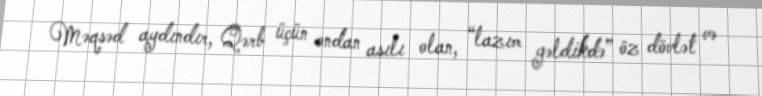
Məqsəd aydındır, Qərb üçün ondan asılı olan, “lazım gəldikdə” öz dövlət və